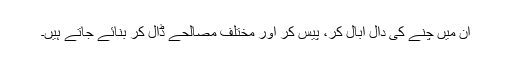
ان میں چنے کی دال ابال کر، پیس کر اور مختلف مصالحے ڈال کر بنائے جاتے ہیں۔